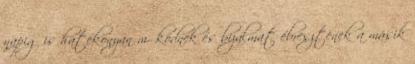
napig is hatékonyan működnek és bizalmat ébresztenek a másik